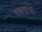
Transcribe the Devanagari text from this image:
नळपाणी